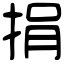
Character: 捐